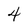
Character: 4